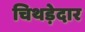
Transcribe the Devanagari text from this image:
चिथड़ेदार